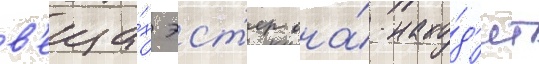
в'еща́х эст'ер она́ нахо́д'ит